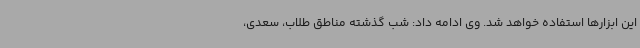
این ابزارها استفاده خواهد شد. وی ادامه داد: شب گذشته مناطق طلاب، سعدی،